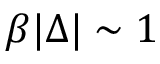
\beta | \Delta | \sim 1